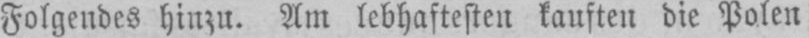
Folgendes hinzu. Am lebhaftesten kauften die Polen